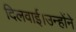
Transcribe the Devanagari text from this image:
दिलवाई।उन्होंने